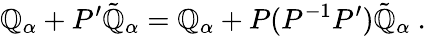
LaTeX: \mathbb{Q}_{\alpha}+P^{\prime}{\tilde{{\mathbb{Q}}}}_{\alpha}=\mathbb{Q}_{\alpha}+P(P^{-1}P^{\prime}){\tilde{{\mathbb{Q}}}}_{\alpha}\ .